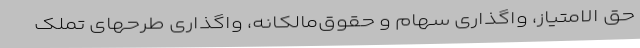
‌حق ‌الامتیاز، واگذاری ‌سهام ‌و حقوق‌مالکانه، واگذاری‌ طرحهای ‌تملک